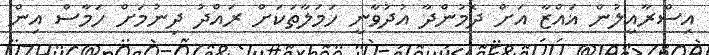
އިސްރާއީލުން ޣައްޒާ އަށް ދެމުންދާ އުދުވާނީ ހަމަލާތަކަށް ރައްދު ދިނުމަށް ހަމާސް އިން